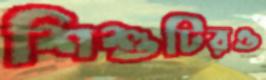
শিশুটিরও